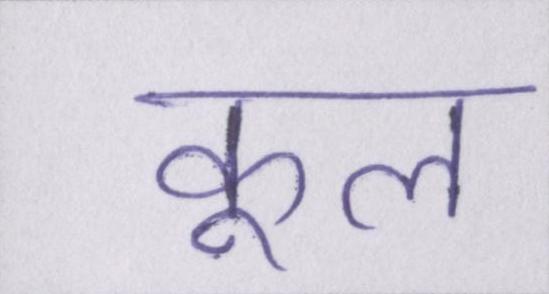
कूल